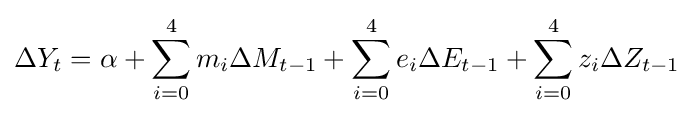
\Delta Y_{t}=\alpha +\sum _{i=0}^{4}m_{i}\Delta M_{t-1}+\sum _{i=0}^{4}e_{i}\Delta E_{t-1}+\sum _{i=0}^{4}z_{i}\Delta Z_{t-1}